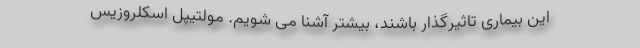
این بیماری تاثیرگذار باشند، بیشتر آشنا می شویم. مولتیپل اسکلروزیس